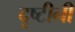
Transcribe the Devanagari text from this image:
दृष्टीनी